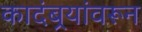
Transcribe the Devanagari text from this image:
कादंबर्‍यांवरून